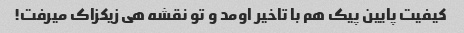
کیفیت پایین پیک هم با تاخیر اومد و تو نقشه هی زیکزاک میرفت!